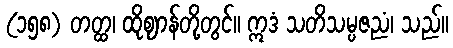
(၁၅၈) တတ္ထ၊ ထိုဈာန်တို့တွင်။ ဣဒံ သတိသမ္ပဇညံ၊ သည်။